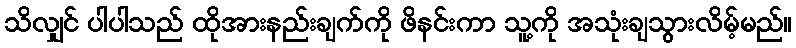
သိလျှင် ပါပါသည် ထိုအားနည်းချက်ကို ဖိနင်းကာ သူ့ကို အသုံးချသွားလိမ့်မည်။